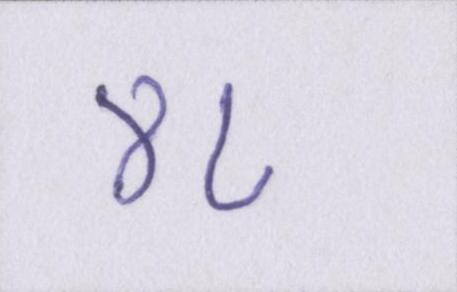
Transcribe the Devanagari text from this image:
४८